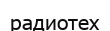
радиотех